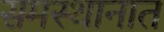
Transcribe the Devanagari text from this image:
समस्थानात